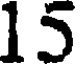
15